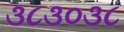
૩૮૩૦૩૮